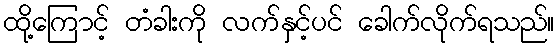
ထို့ကြောင့် တံခါးကို လက်နှင့်ပင် ခေါက်လိုက်ရသည်။